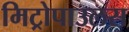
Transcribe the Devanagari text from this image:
मिट्रोपाउलस